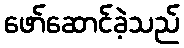
ဖော်ဆောင်ခဲ့သည်